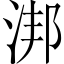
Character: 𣵮